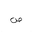
Letter: _sad